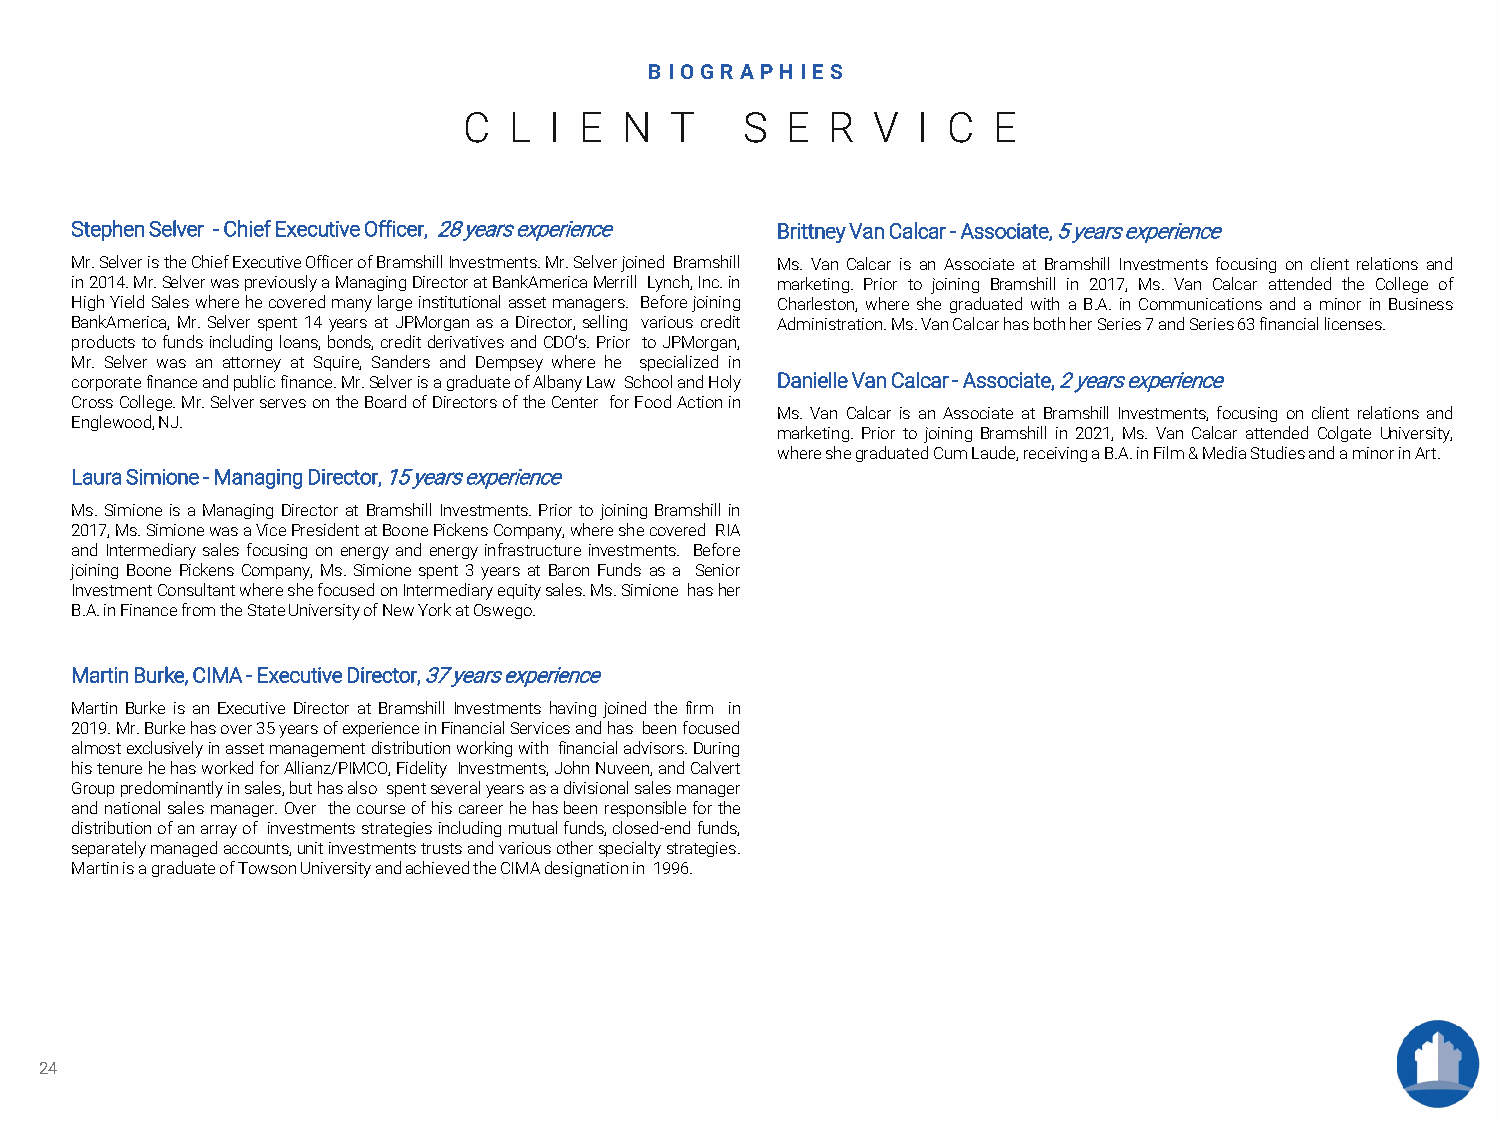
BIOGR APH IES
 C  L I E  N  T    S  E  R  V  I C  E
 Stephen Selver -Chief Executive Officer, 28years experience Brittney Van Calcar -Associate, 5 years experience
 Mr.SelveristheChiefExecutiveOfficerofBramshillInvestments.Mr.Selverjoined Bramshill Ms. Van Calcar is an Associate at Bramshill Investments focusing on client relations and
 in2014.Mr.SelverwaspreviouslyaManagingDirectoratBankAmericaMerrill Lynch,Inc.in marketing. Prior to joining Bramshill in 2017, Ms. Van Calcar attended the College of
 HighYieldSaleswherehecoveredmanylargeinstitutionalassetmanagers. Beforejoining Charleston, where she graduated with a B.A. in Communications and a minor in Business
 BankAmerica, Mr.Selver spent 14years at JPMorgan as a Director, selling various credit Administration.Ms.VanCalcarhasbothherSeries7andSeries63financiallicenses.
 productstofundsincludingloans,bonds,creditderivativesandCDO’s.Prior toJPMorgan,
 Mr. Selver was an attorney at Squire, Sanders and Dempsey where he specialized in
 corporatefinanceandpublicfinance.Mr.SelverisagraduateofAlbanyLaw SchoolandHoly Danielle Van Calcar -Associate, 2 years experience
 CrossCollege.Mr.SelverservesontheBoardofDirectorsoftheCenter forFoodActionin
 Ms. Van Calcar is an Associate at Bramshill Investments, focusing on client relations and
 Englewood,NJ.
 marketing. Prior to joining Bramshill in 2021, Ms. Van Calcar attended Colgate University,
 whereshegraduatedCumLaude,receivingaB.A.inFilm&MediaStudiesandaminorinArt.
 Laura Simione -Managing Director, 15 years experience
 Ms.Simione is a Managing Director at Bramshill Investments.Prior to joiningBramshillin
 2017,Ms.SimionewasaVicePresidentatBoonePickensCompany,whereshecovered RIA
 and Intermediary sales focusing on energy andenergy infrastructure investments. Before
 joining Boone Pickens Company, Ms. Simione spent 3 years at Baron Funds as a Senior
 InvestmentConsultantwhereshefocusedonIntermediaryequitysales.Ms.Simione hasher
 B.A.inFinancefromtheStateUniversityofNewYorkatOswego.
 Martin Burke, CIMA -Executive Director, 37 years experience
 Martin Burke is an Executive Director at Bramshill Investments having joined the firm in
 2019.Mr.Burkehasover35yearsofexperienceinFinancialServicesandhas beenfocused
 almostexclusivelyinassetmanagementdistributionworkingwith financialadvisors.During
 histenurehehasworkedforAllianz/PIMCO,Fidelity Investments,JohnNuveen,andCalvert
 Grouppredominantlyinsales,buthasalso spentseveralyearsasadivisionalsalesmanager
 andnationalsalesmanager.Over thecourseofhiscareerhehasbeenresponsibleforthe
 distributionofanarrayof investmentsstrategiesincludingmutualfunds,closed-endfunds,
 separatelymanagedaccounts,unitinvestmentstrustsandvariousotherspecialtystrategies.
 MartinisagraduateofTowsonUniversityandachievedtheCIMAdesignationin 1996.
 24